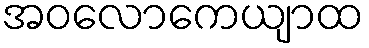
အဝလောကေယျာထ